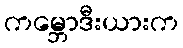
ကမ္ဘောဒီးယားက